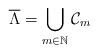
LaTeX: \begin{align*}\overline{\Lambda} = \bigcup_{m \in \mathbb{N}} \mathcal{C}_m\end{align*}